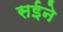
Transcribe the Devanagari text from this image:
सईने